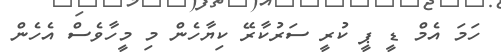
ހަމަ އެމް ޑީ ޕީ ކުރީ ސަރުކާރޭ ކިޔާހެން މި މީހާވެސް އެހެން